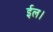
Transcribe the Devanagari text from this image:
ईल।